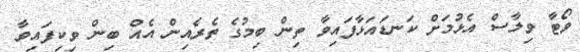
ވޯޓާ ވިލާސް އެޅުމަށް ކަނޑައަޅާފައިވާ ތިން ބިމުގެ ތެރެއިން އެއް ބިން ވިކިފައިވާ